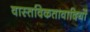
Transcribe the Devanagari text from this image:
वास्तविकतावादियों